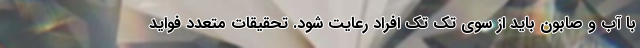
با آب و صابون باید از سوی تک تک افراد رعایت شود. تحقیقات متعدد فواید